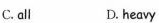
C.all D. heavy